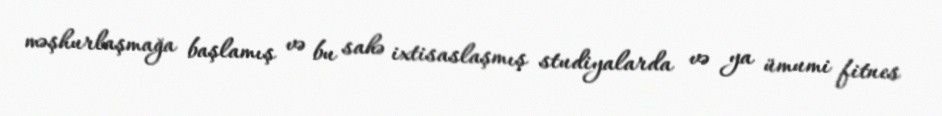
məşhurlaşmağa başlamış və bu sahə ixtisaslaşmış studiyalarda və ya ümumi fitnes